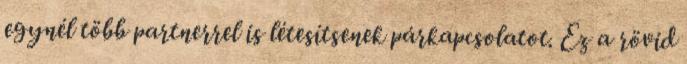
egynél több partnerrel is létesítsenek párkapcsolatot. Ez a rövid